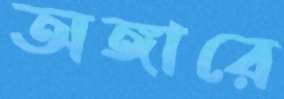
অঙ্গারে